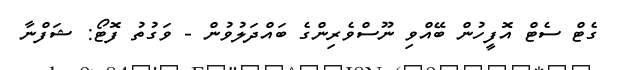
ގެޓް ސެޓް އޮފީހުން ބޭއްވި ނޫސްވެރިންގެ ބައްދަލުވުން - ވަގުތު ފޮޓޯ: ޝަފްނާ